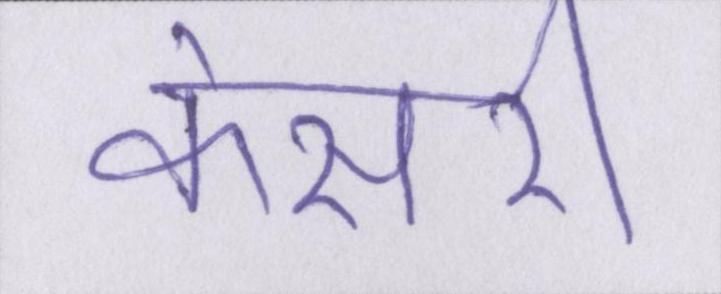
केसरी